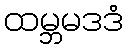
ထမ္ဘမဒဒံ